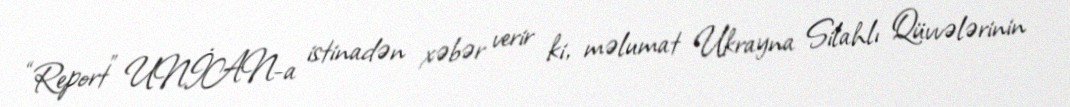
“Report” UNİAN-a istinadən xəbər verir ki, məlumat Ukrayna Silahlı Qüvvələrinin